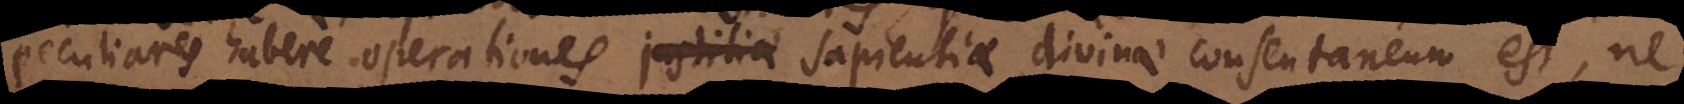
peculiares habere operationes justitiae sapientiae divinae consentaneum est, ne